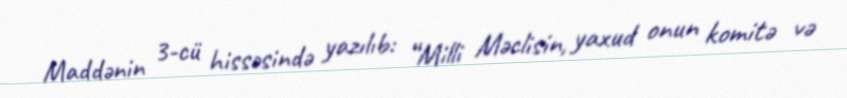
Maddənin 3-cü hissəsində yazılıb: “Milli Məclisin, yaxud onun komitə və